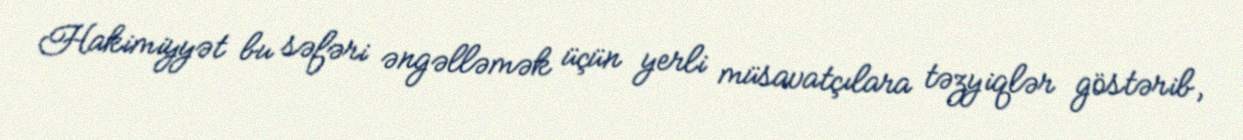
Hakimiyyət bu səfəri əngəlləmək üçün yerli müsavatçılara təzyiqlər göstərib,